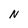
Character: N